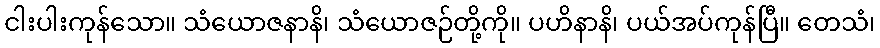
ငါးပါးကုန်သော။ သံယောဇနာနိ၊ သံယောဇဉ်တို့ကို။ ပဟိနာနိ၊ ပယ်အပ်ကုန်ပြီ။ တေသံ၊